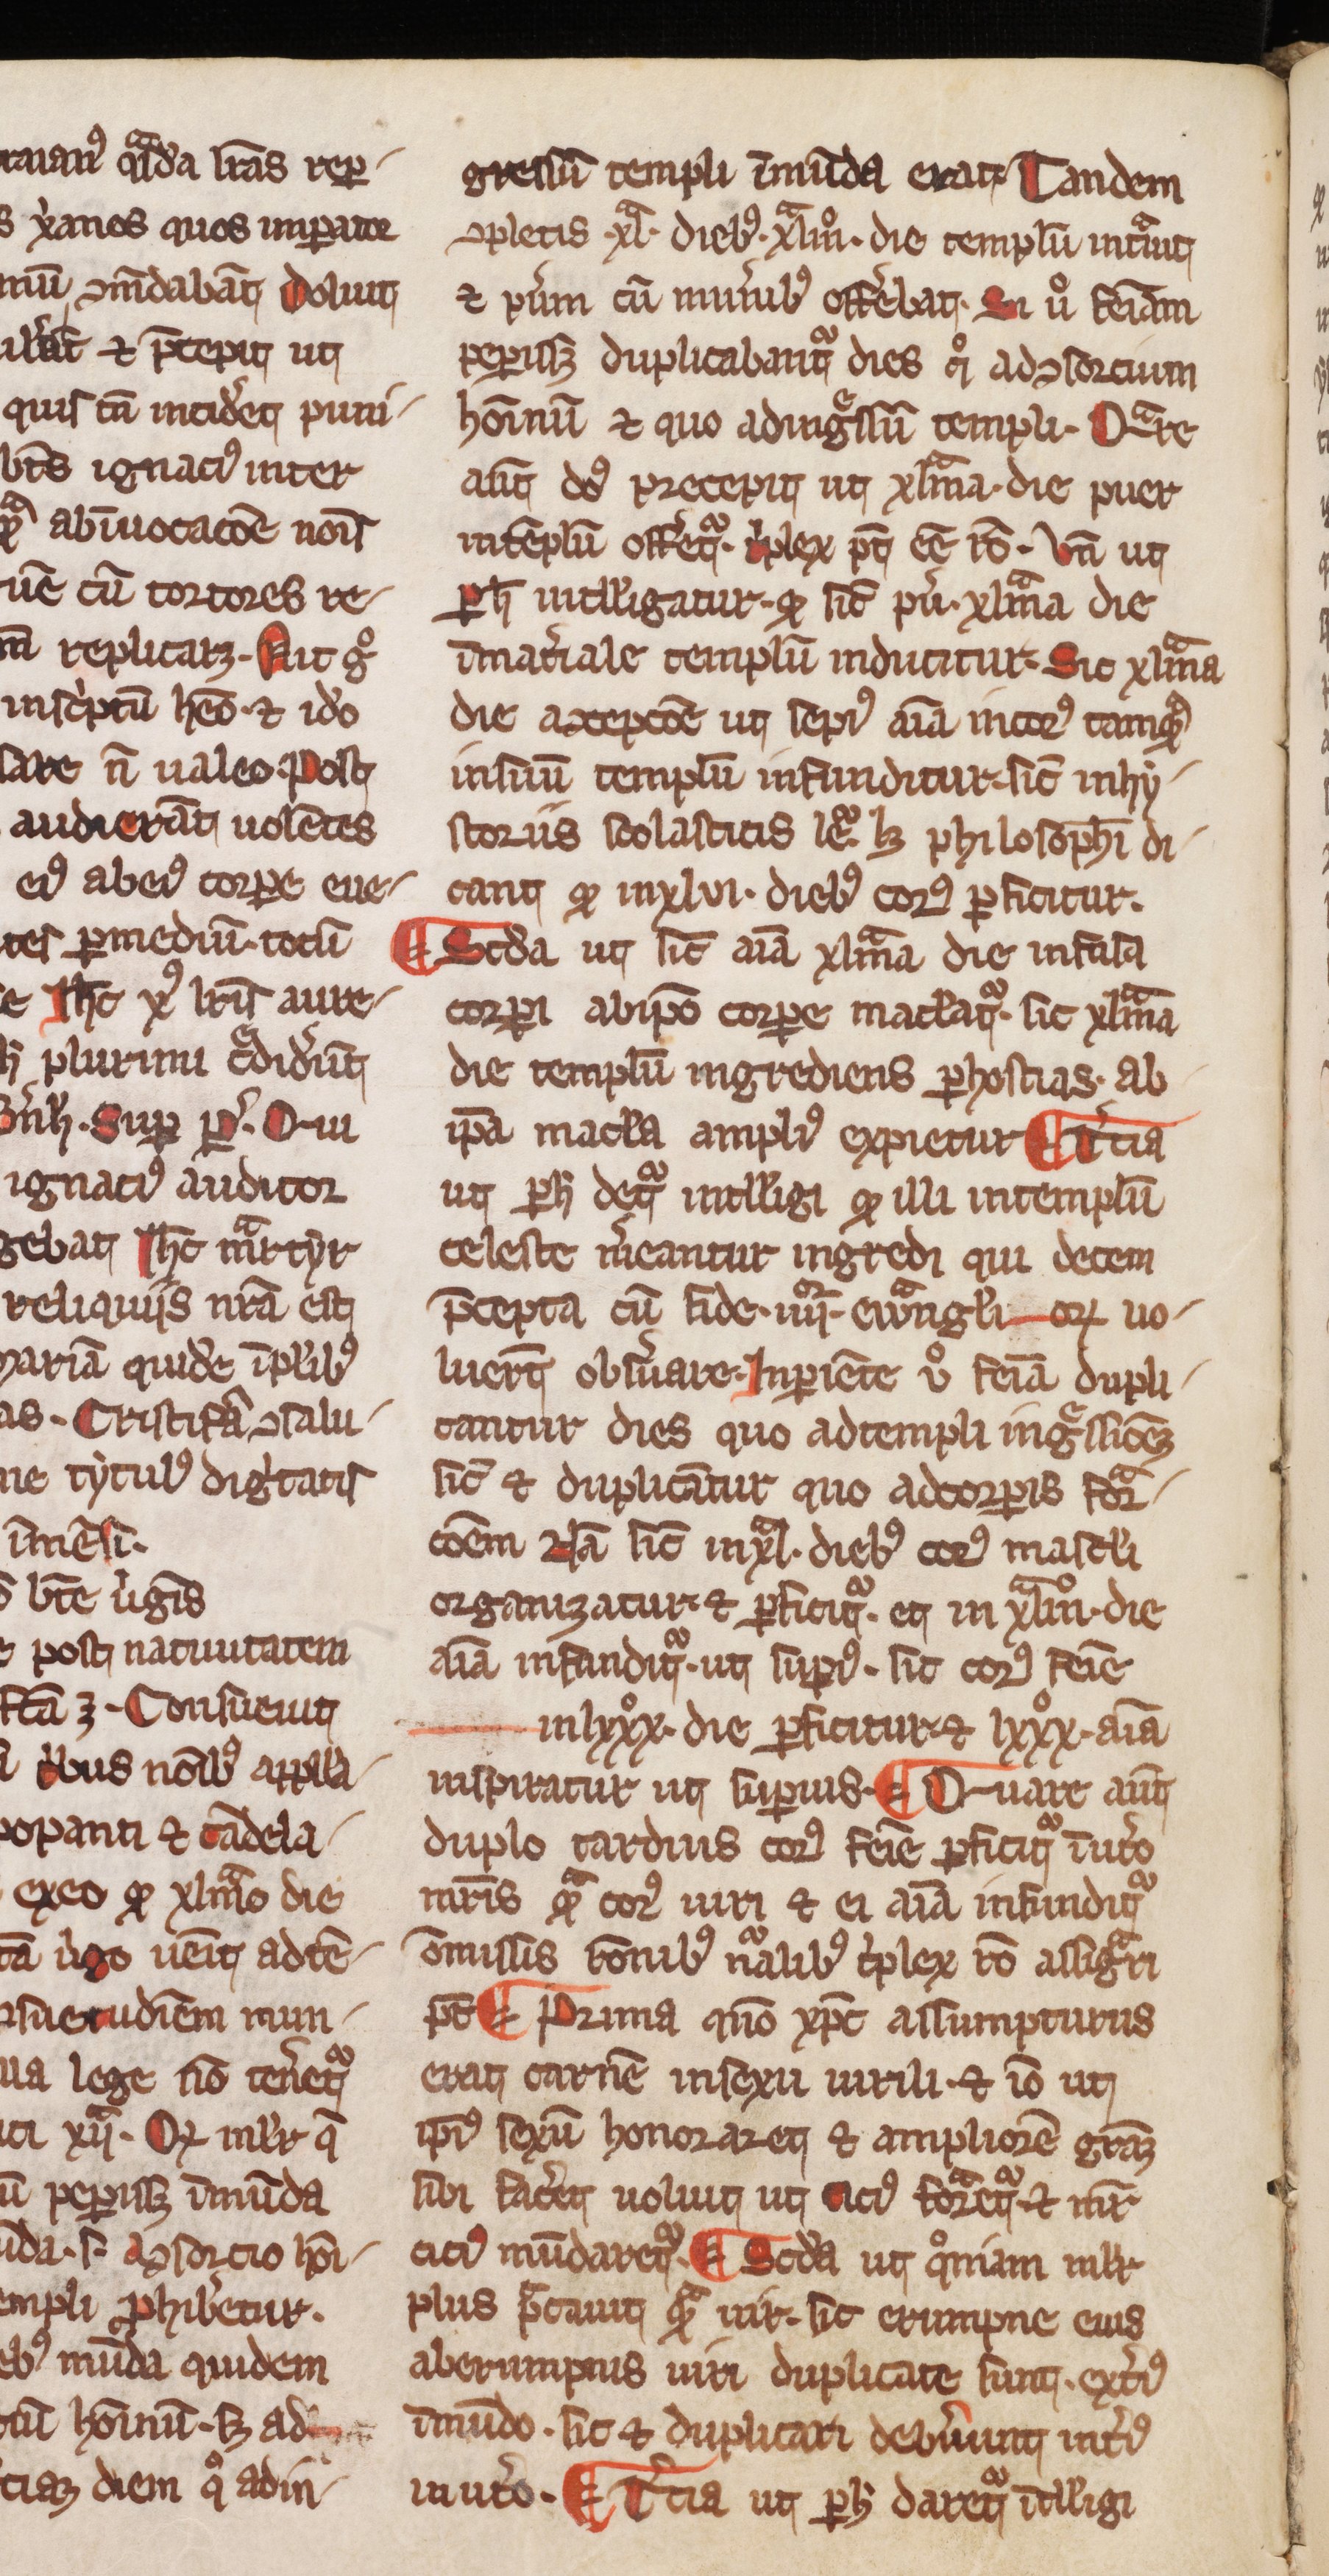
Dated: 1300–1399